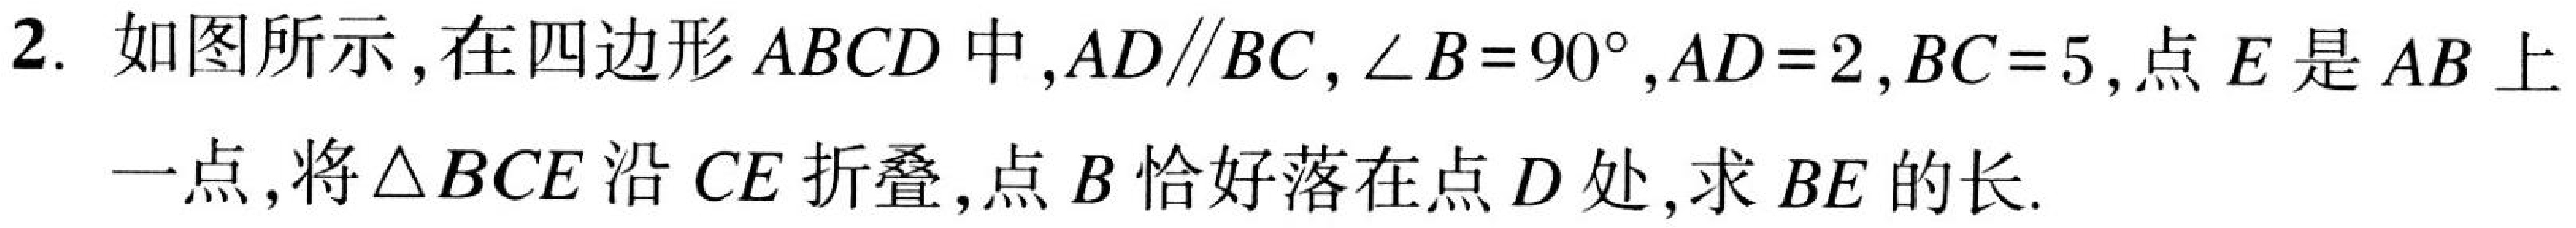
2. 如图所示，在四边形 \(ABCD\) 中，\(AD\parallel BC\)，\(\angle B = 90^{\circ}\)，\(AD = 2\)，\(BC = 5\)，点 \(E\) 是 \(AB\) 上
一点，将\(\triangle BCE\) 沿 \(CE\) 折叠，点 \(B\) 恰好落在点 \(D\) 处，求 \(BE\) 的长.